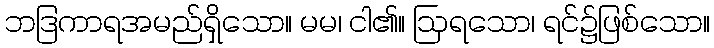
ဘဒြကာရအမည်ရှိသော။ မမ၊ ငါ၏။ ဩရသော၊ ရင်၌ဖြစ်သော။